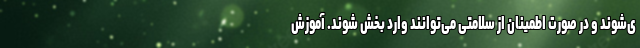
ی‌شوند و در صورت اطمینان از سلامتی‌ می‌توانند وارد بخش شوند. آموزش